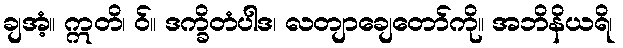
ချအံ့။ ဣတိ၊ ဝ်။ ဒက္ခိတံပါဒ၊ လတျာချေတော်ကို။ အဘိနိယရိ၊